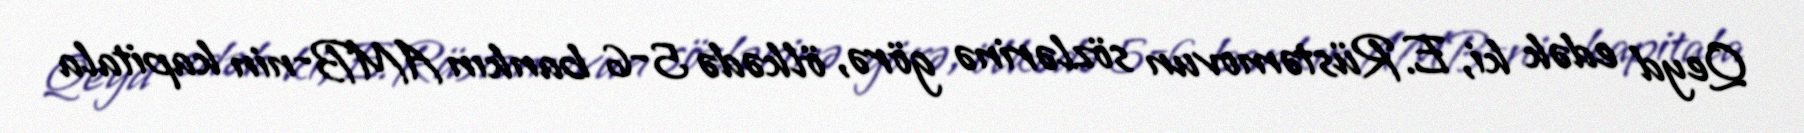
Qeyd edək ki, E.Rüstəmovun sözlərinə görə, ölkədə 5-6 bankın AMB-nin kapitala